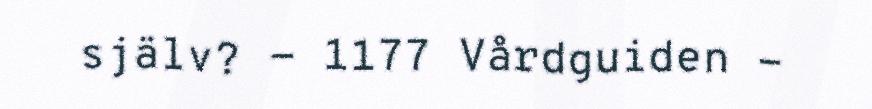
själv? - 1177 Vårdguiden -